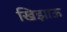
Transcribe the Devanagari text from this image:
खिझाऊ